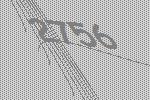
2756